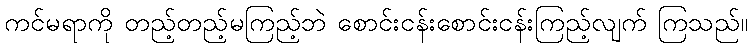
ကင်မရာကို တည့်တည့်မကြည့်ဘဲ စောင်းငန်းစောင်းငန်းကြည့်လျက် ကြသည်။